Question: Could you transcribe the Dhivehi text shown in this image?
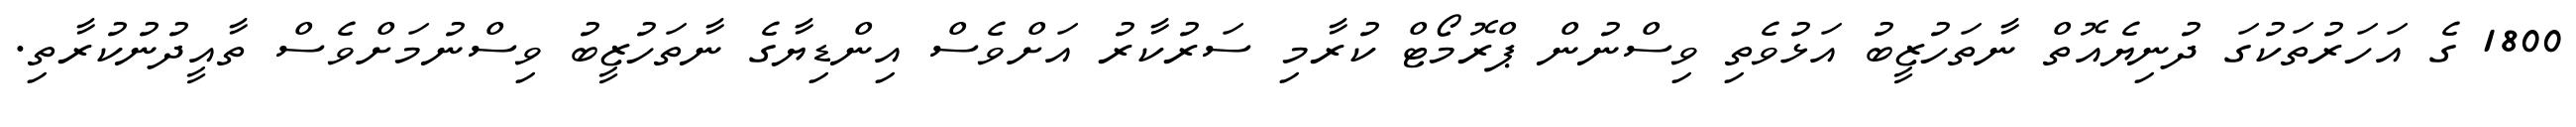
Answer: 1800 ގެ އަހަރުތަކުގަ ދުނިޔެއޮތް ނާތަހުޒީބު އަޅުވެތި ވިސްނުން ޕްރޮމޯޓް ކުރާމި ސަރުކާރު އަށްވެސް އިންޑިޔާގެ ނާތަހުޒީބު ވިސްނުމަށްވެސް ތާއީދުނުކުރާތި.